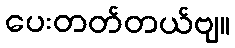
ပေးတတ်တယ်ဗျ။